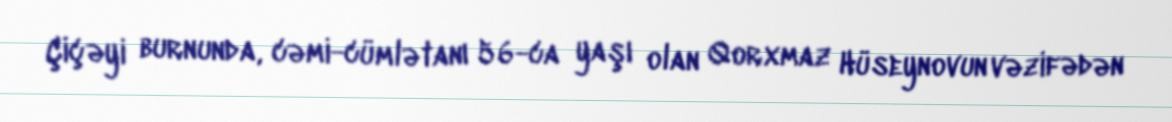
Çiçəyi burnunda, cəmi-cümlətanı 56-ca yaşı olan Qorxmaz Hüseynovun vəzifədən